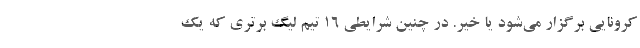
کرونایی برگزار می‌شود یا خیر. در چنین شرایطی ۱۶ تیم لیگ برتری که یک